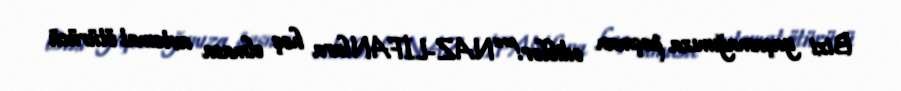
Bizi yaşamağımıza peşman ediblər!”“NAZ-LİFANlara heç olmasa avtomat ötürücü